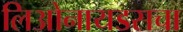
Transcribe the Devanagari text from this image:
लिओनायडसचा